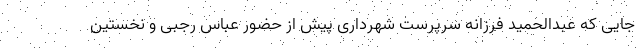
جایی که عبدالحمید فرزانه سرپرست شهرداری پیش از حضور عباس رجبی و نخستین